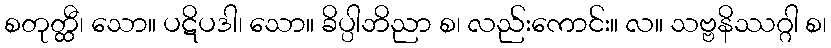
စတုတ္ထီ၊ သော။ ပဋိပဒါ၊ သော။ ခိပ္ပါဘိညာ စ၊ လည်းကောင်း။ လ။ သဗ္ဗနိဿဂ္ဂါ စ၊